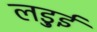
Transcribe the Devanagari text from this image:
लड़ुई